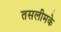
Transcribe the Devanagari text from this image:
तसलीमके